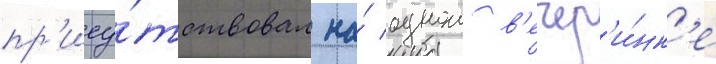
пр'ису́тствовал на́ однои в'ечер'и́нк'е